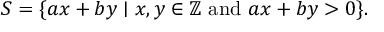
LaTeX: S = \{ a x + b y \mid x , y \in \mathbb { Z } { \mathrm { ~ a n d ~ } } a x + b y > 0 \} .